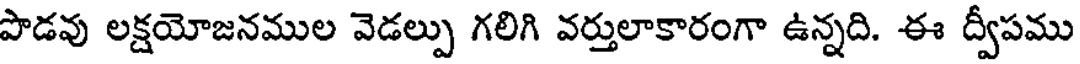
పొడవు లక్షయోజనముల వెడల్పు గలిగి వర్తులాకారంగా ఉన్నది. ఈ ద్వీపము